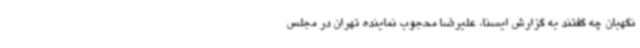
نگهبان چه گفتند به گزارش ایسنا، علیرضا محجوب نماینده تهران در مجلس